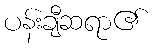
ပန်းချီဆရာ၏